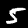
Label: 5